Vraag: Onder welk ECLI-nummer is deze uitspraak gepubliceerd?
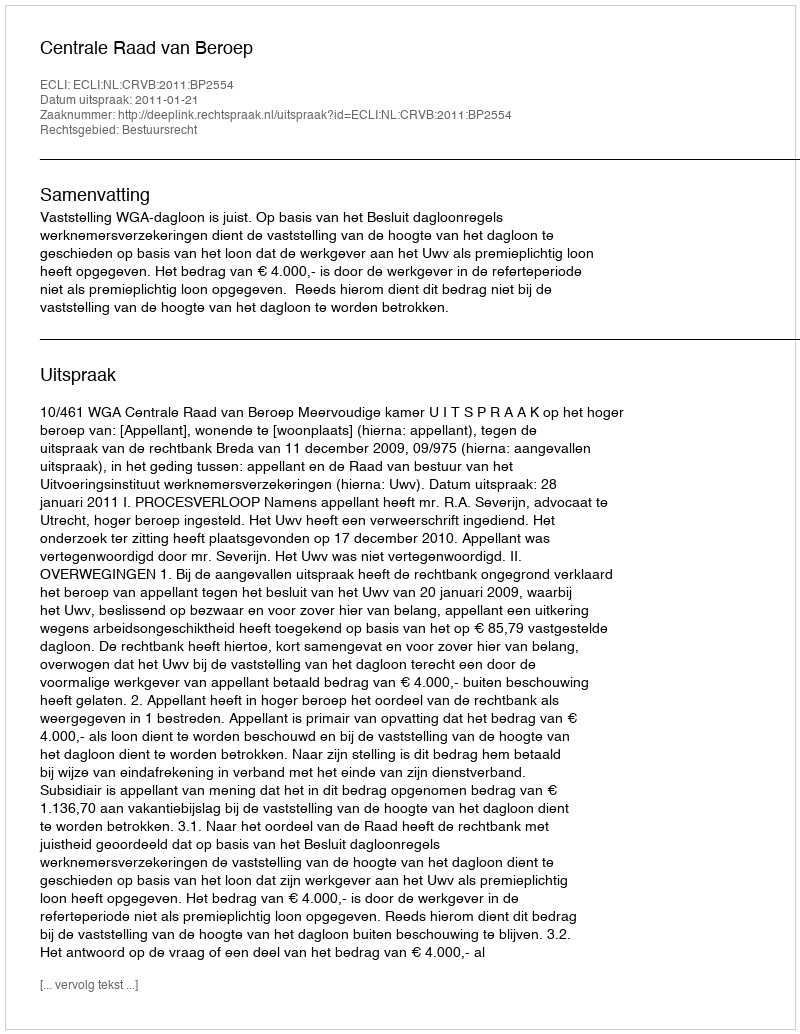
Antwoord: ECLI:NL:CRVB:2011:BP2554